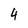
Character: 4